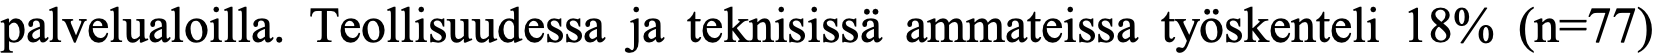
palvelualoilla. Teollisuudessa ja teknisissä ammateissa työskenteli 18% (n=77)